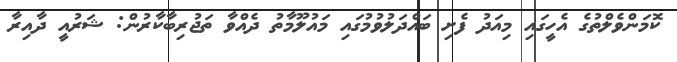
ކޮމަންވެލްތުގެ އެހީގައި މިއަދު ފެށި ބައްދަލުވުމުގައި މައުލޫމާތު ދެއްވާ ތަޖުރިބާކާރުން: ޝަރުއީ ދާއިރާ